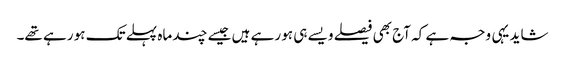
شاید یہی وجہ ہے کہ آج بھی فیصلے ویسے ہی ہو رہے ہیں جیسے چند ماہ پہلے تک ہو رہے تھے۔